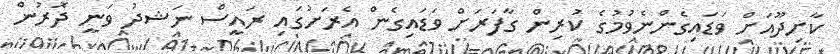
ކާށިދޫއަށް ވަޑައިގެންނެވުމުގެ ކުރިން ގާފަރަށް ވަޑައިގެން އެރަށުގައި ރައީސް ނަޝދު ވަނީ ދޮރުން